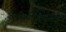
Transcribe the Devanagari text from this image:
पारितोषिकामुळे